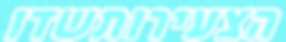
הצעירותשדו